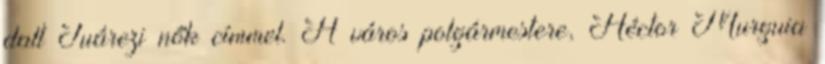
dalt Juárezi nők címmel. A város polgármestere, Héctor Murguia